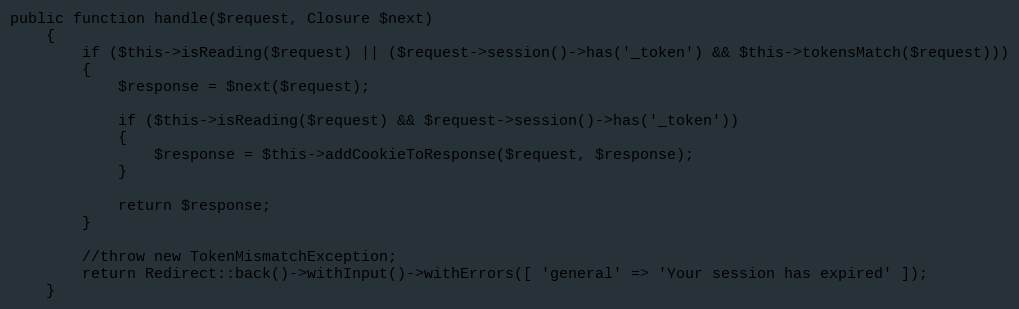
Language: PHP
public function handle($request, Closure $next)
	{
		if ($this->isReading($request) || ($request->session()->has('_token') && $this->tokensMatch($request)))
		{
			$response = $next($request);

			if ($this->isReading($request) && $request->session()->has('_token'))
			{
				$response = $this->addCookieToResponse($request, $response);
			}

			return $response;
		}

		//throw new TokenMismatchException;
		return Redirect::back()->withInput()->withErrors([ 'general' => 'Your session has expired' ]);
	}